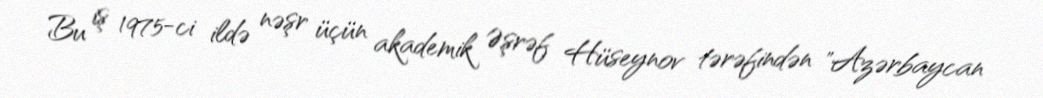
Bu iş 1975-ci ildə nəşr üçün akademik Əşrəf Hüseynov tərəfindən "Azərbaycan